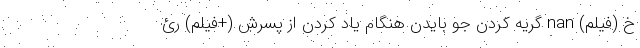
خ (فیلم) nan گریه کردن جو بایدن هنگام یاد کردن از پسرش (+فیلم) رئ